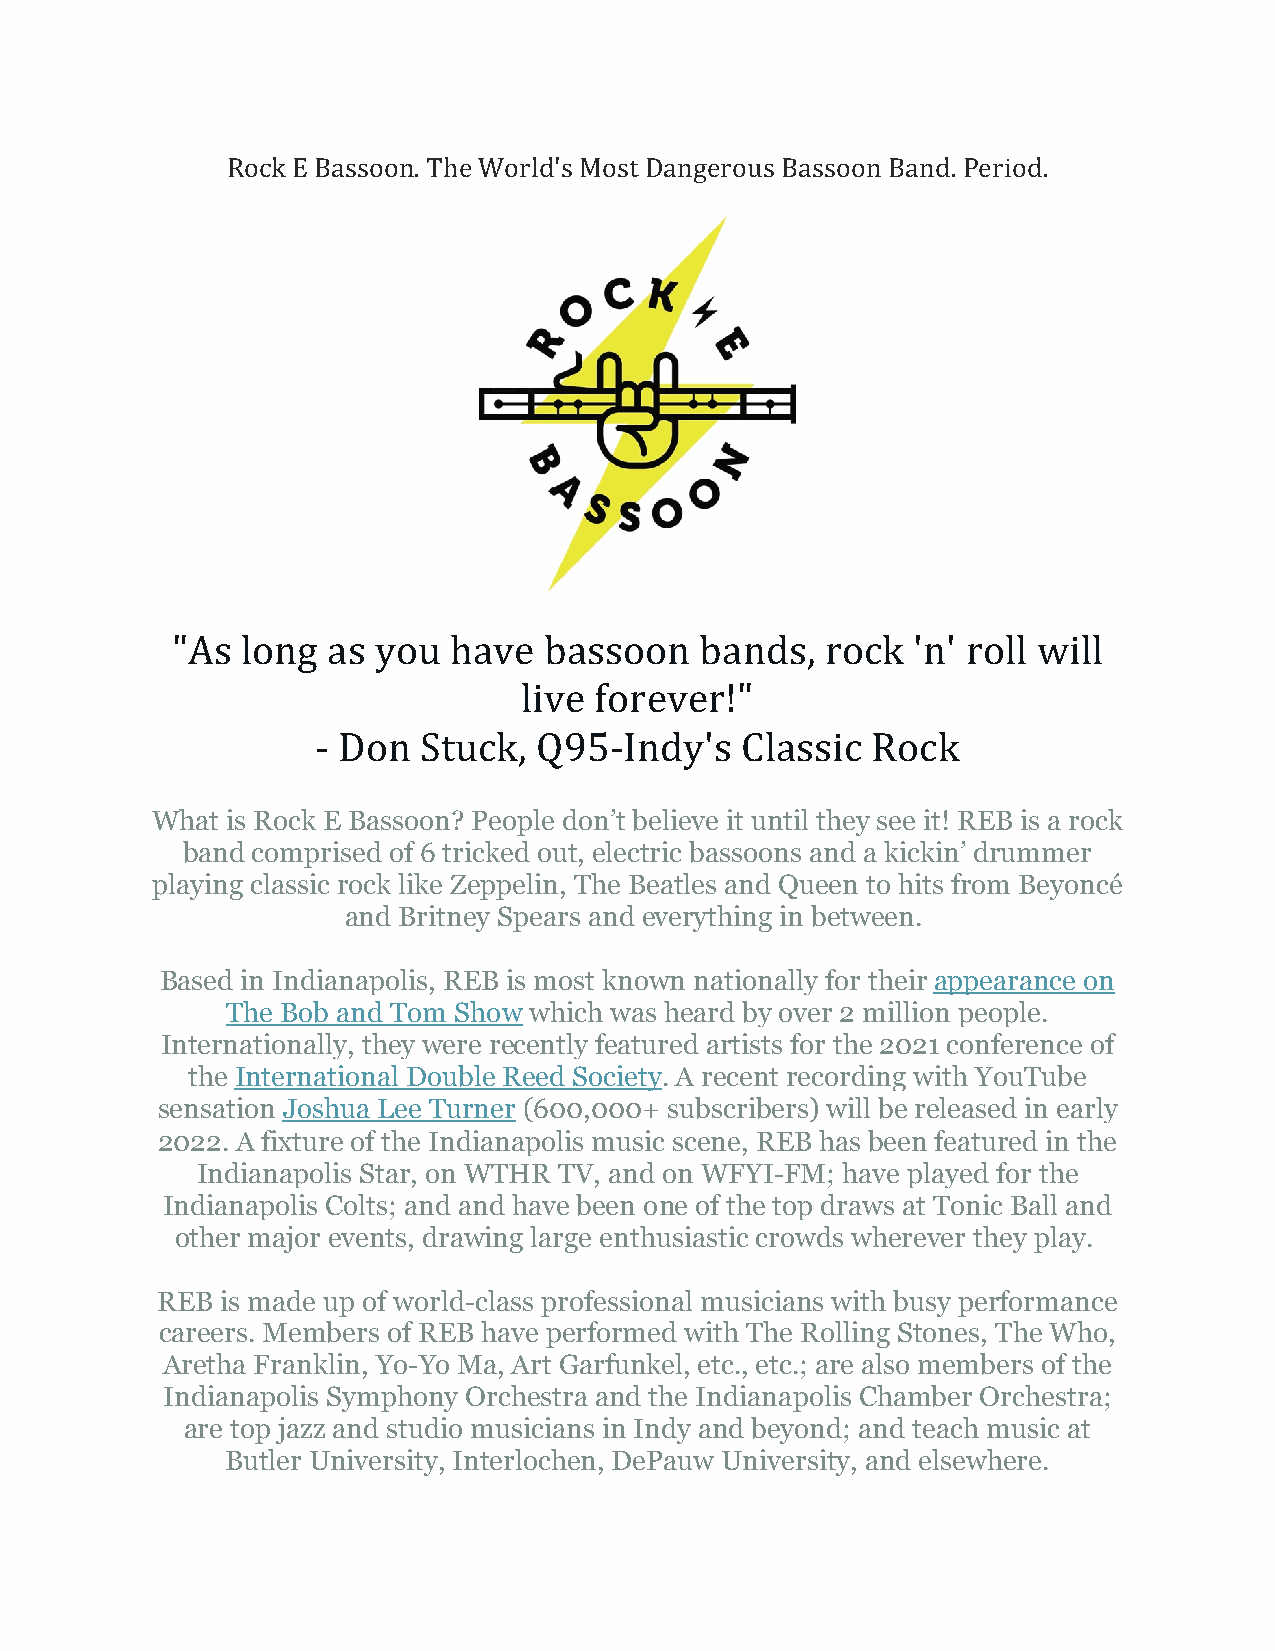
Rock E Bassoon. The World's Most Dangerous Bassoon Band. Period.
 "As  long  as you  have  bassoon   bands,   rock 'n' roll will
 live forever!"
 - Don  Stuck,  Q95-Indy's   Classic  Rock
 What is Rock E Bassoon? People don’t believe it until they see it! REB is a rock
 band comprised of 6 tricked out, electric bassoons and a kickin’ drummer
 playing classic rock like Zeppelin, The Beatles and Queen to hits from Beyoncé
 and Britney Spears and everything in between.
 Based in Indianapolis, REB is most known nationally for their appearance on
 The Bob and Tom Show which was heard by over 2 million people.
 Internationally, they were recently featured artists for the 2021 conference of
 the International Double Reed Society. A recent recording with YouTube
 sensation Joshua Lee Turner (600,000+ subscribers) will be released in early
 2022. A fixture of the Indianapolis music scene, REB has been featured in the
 Indianapolis Star, on WTHR TV, and on WFYI-FM; have played for the
 Indianapolis Colts; and and have been one of the top draws at Tonic Ball and
 other major events, drawing large enthusiastic crowds wherever they play.
 REB  is made up of world-class professional musicians with busy performance
 careers. Members of REB have performed with The Rolling Stones, The Who,
 Aretha Franklin, Yo-Yo Ma, Art Garfunkel, etc., etc.; are also members of the
 Indianapolis Symphony Orchestra and the Indianapolis Chamber Orchestra;
 are top jazz and studio musicians in Indy and beyond; and teach music at
 Butler University, Interlochen, DePauw University, and elsewhere.